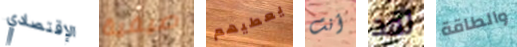
الإقتصادي صيفية يعطيهم أنت لقد والطاقة